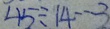
4 5 \div 1 4 \cdots 3